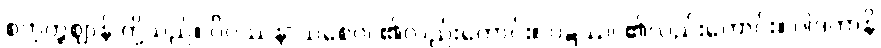
စတုတ္ထဈာန် တို့သည်။ ဝိပဿနာယစေဝ၊ ၏လည်းကောင်း။ ဝဋ္ဋဿ၊ ၏လည်းကောင်း။ ပါဒကာနိ